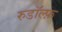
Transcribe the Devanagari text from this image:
रुडॉल्फ़